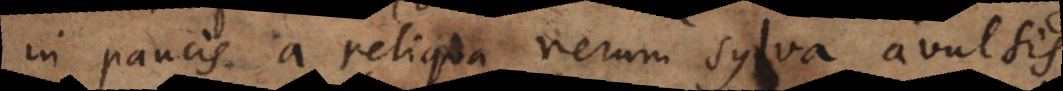
in paucis a reliqua rerum sylva avulsis